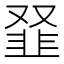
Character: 𩐂